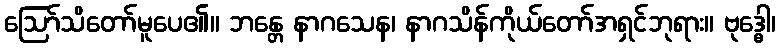
ဩော်သိတော်မူပေ၏။ ဘန္တေ နာဂသေန၊ နာဂသိန်ကိုယ်တော်အရှင်ဘုရား။ ဗုဒ္ဓေါ၊